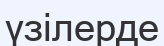
үзілерде